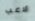
لاعب